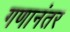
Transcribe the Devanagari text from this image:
गणानंतर